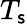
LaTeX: T_{\mathsf{s}}